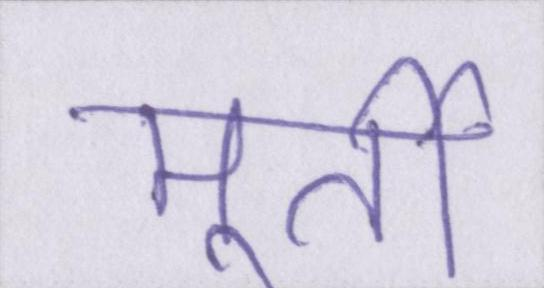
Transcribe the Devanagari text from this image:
मूर्ती